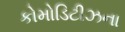
કોમોડિટીઝના